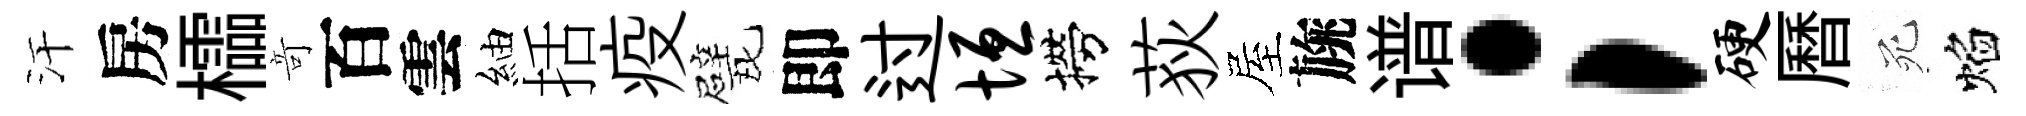
汗房櫺竒百雲紬括疫甓即过垣撈荻屋旐谱；硬曆死焰